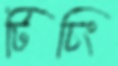
টিচিং